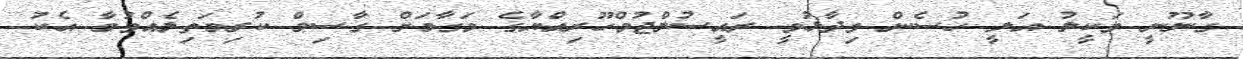
ގާނޫނީ ވަކީލު އަލީ ހުސެން ވިދާޅުވީ ރައީސުލްޖުމްހޫރިއްޔާގެ މަގާމަށް ގާސިމް ކުރިމަތިލެއްވުމާ އެކު